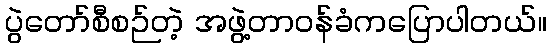
ပွဲတော်စီစဉ်တဲ့ အဖွဲ့တာဝန်ခံကပြောပါတယ်။